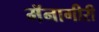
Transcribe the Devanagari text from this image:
मॅनागीरी